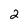
Character: 2